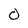
Character: 0